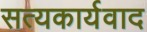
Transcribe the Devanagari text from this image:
सत्यकार्यवाद